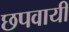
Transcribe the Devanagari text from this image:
छपवायीं